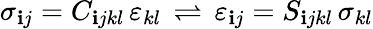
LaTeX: \sigma_{\mathbf{i}j}=C_{\mathbf{i}jkl}\, \varepsilon_{kl}\, \rightleftharpoons\, \varepsilon_{\mathbf{i}j}=S_{\mathbf{i}jkl}\, \sigma_{kl}